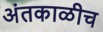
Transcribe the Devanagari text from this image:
अंतकाळीच